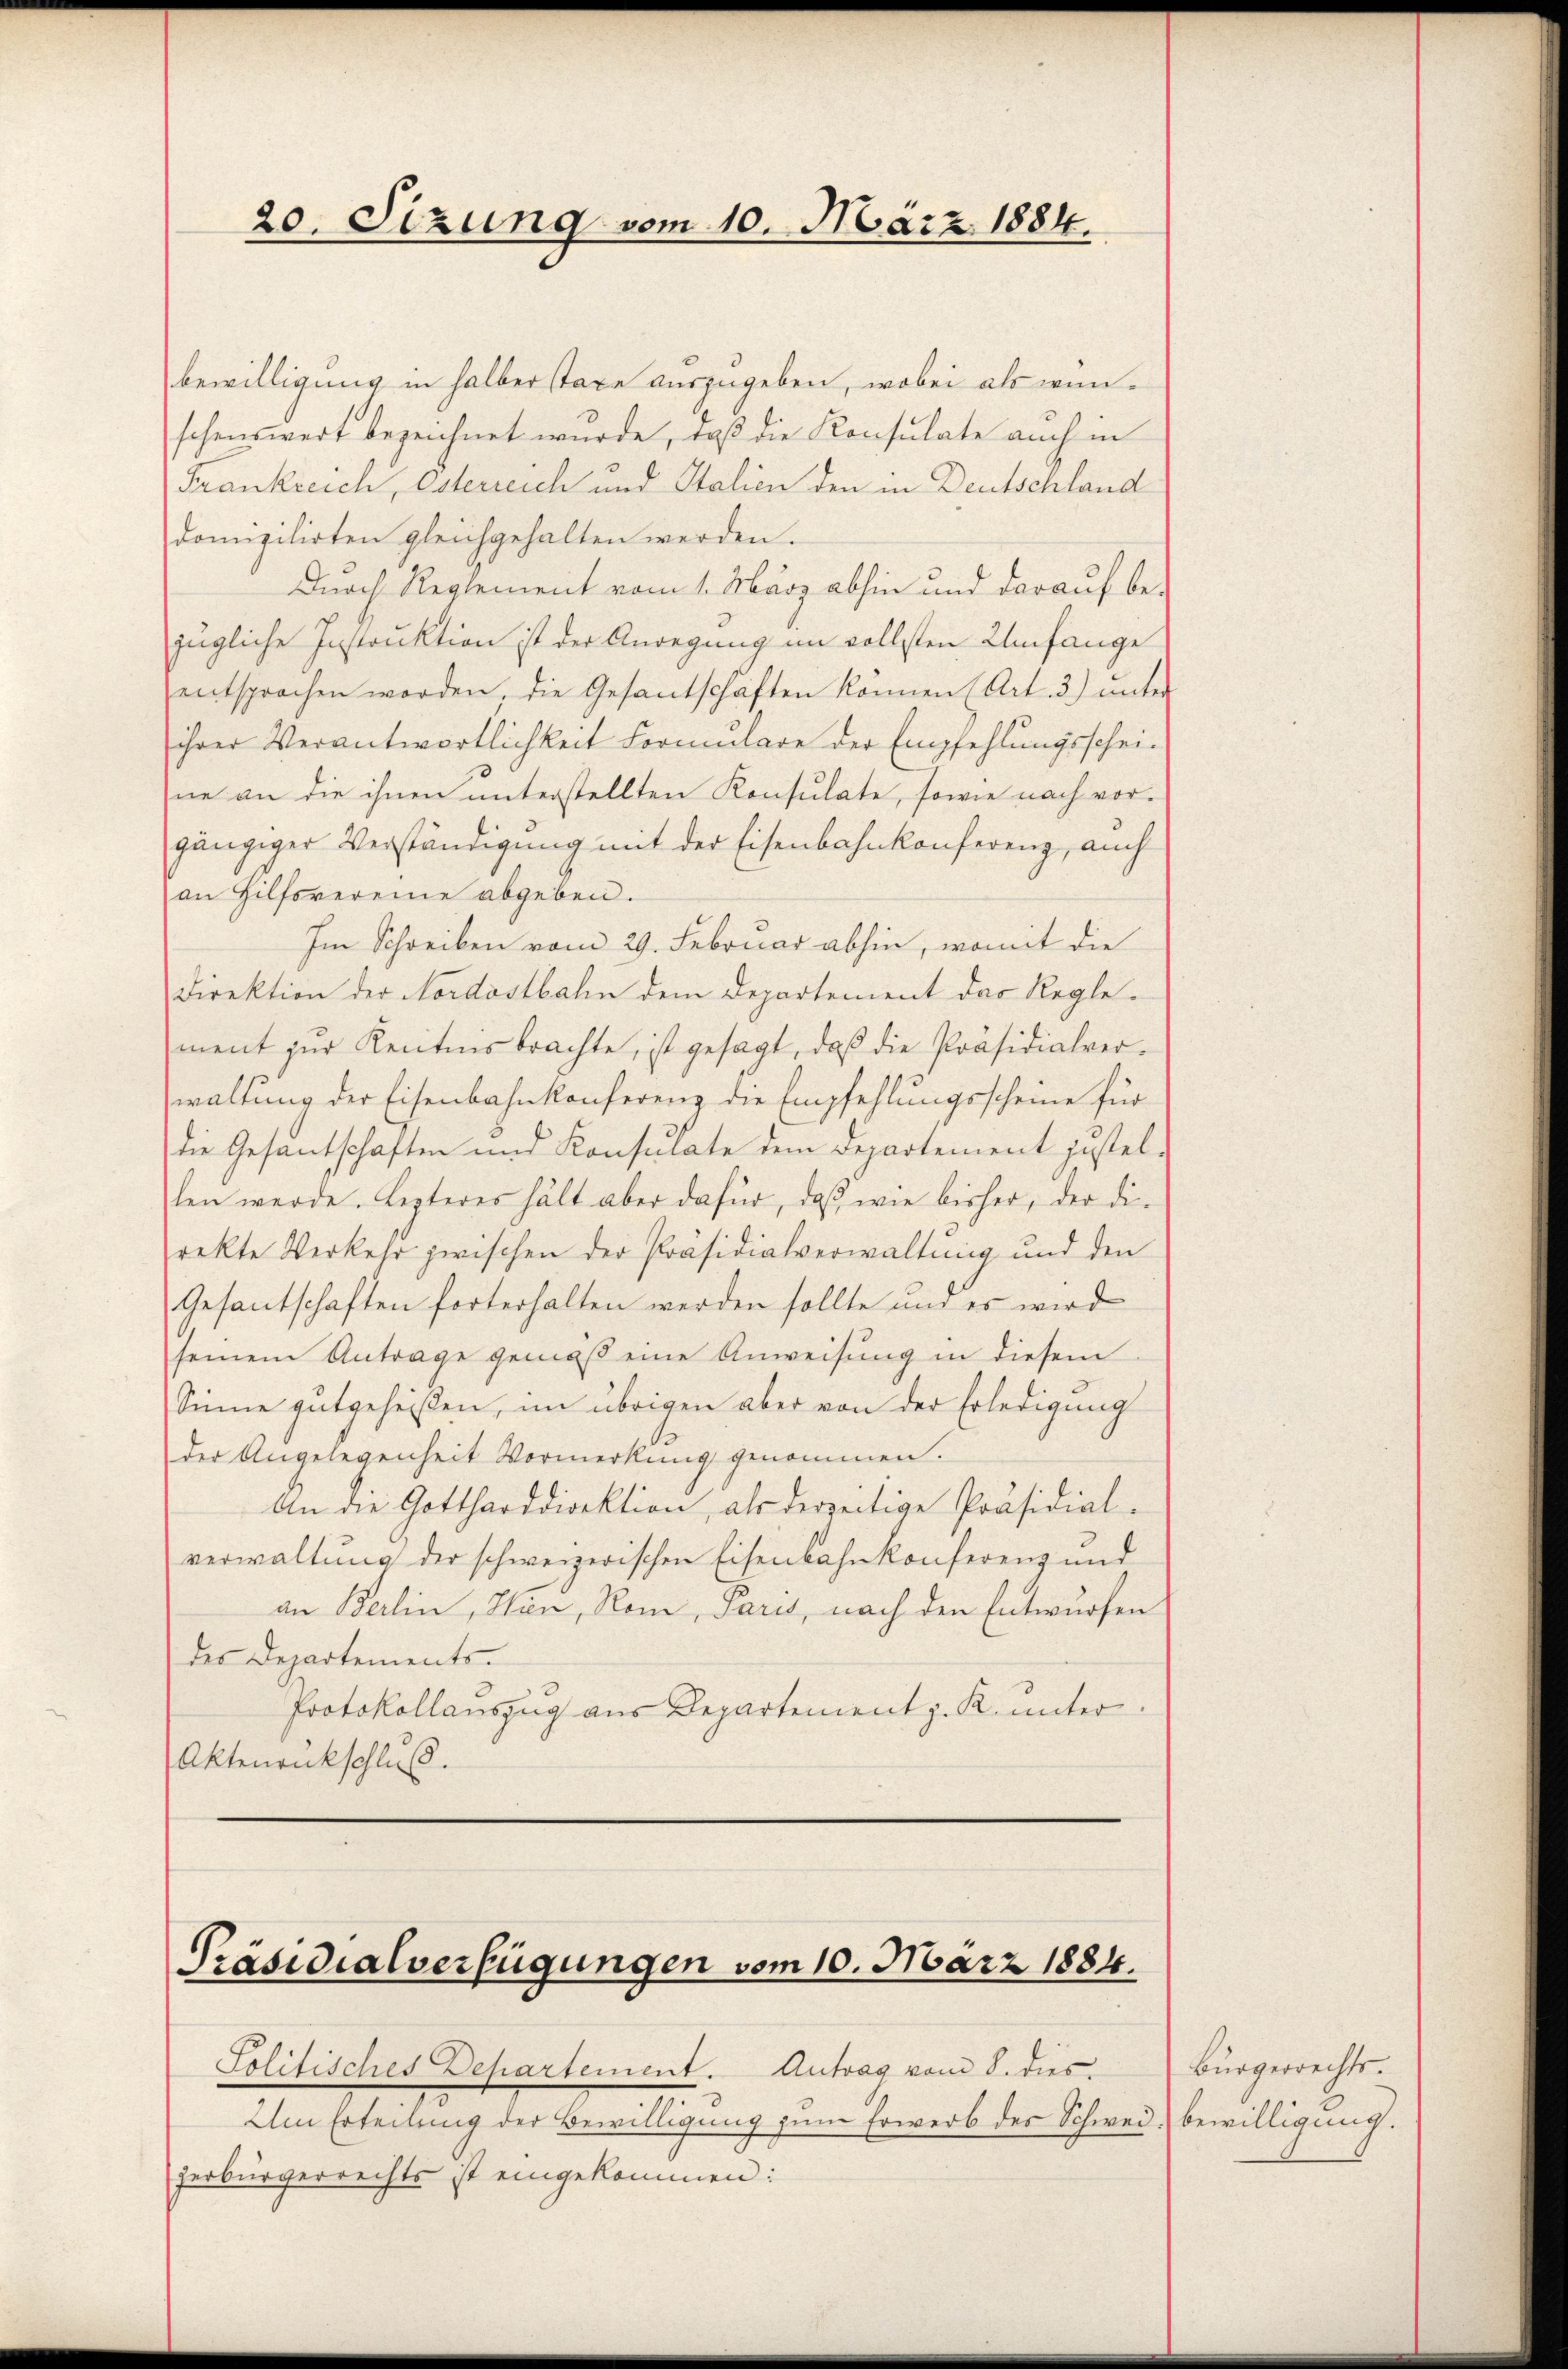
20. Sizung vom 10. März 1884.

bewilligung in halber staxe auszugeben, wobei als wünschenswert bezeichnet wurde, daß die Konsulate auch in
Frankreich, Osterreich und Italien den in Deutschland
domizilirten gleichgehalten werden.
Durch Reglement vom 1. März abhin und darauf be-
zügliche Instruktion ist der Anregung im vollsten Umfange
entsprochen worden, die Gesantschäften können (Art. 3) unter
ihrer Verantwortlichkeit Formulare der Empfehlungsschei-
ne an die ihnen unterstellten Konsulate, sowie nach vorgängiger Verständigung mit der Eisenbahnkonferenz, auch
an Hilfovereine abgeben.
Im Schreiben vom 29. Februar abhin, womit die
Direktion der Nordostbahn dem Departement das Reglement zŭr Kenntnis brachte, ist gesagt, daβ die Präsidialverwaltung der Eisenbahnkonferenz die Empfehlungsscheine für
die Gesantschaften und Konsulate dem Departement justellen werde. Lezteres hält aber dafür, daß wie bisher, der di-
rekte Verkehr zwischen der Präsidialverwaltung und den
Gesantschaften forterhalten werden sollte und es wird
seinem Antrage gemäβ eine Anweisung in diesem
Sinne gutgeheißen, im übrigen aber von der Erledigung
1
der Angelegenheit Vormerkung genommen.
An die Gottharddirektion, als derzeitige Präsidial-
verwaltung der schweizerischen Eisenbahnkonferenz und
an Berlin, Hin, Rom, Paris, nach den Entwurfen
des Departements-
Protokollauszug aus Departement z. K. unter¬
Aktenrückschluß.

Präsidialverfügungen vom 10. März 1884.

Politisches Departement. Antrag vom 8. dies
Um Erteilung der Bewilligung zum Erwerb des Schwei- bewilligung.
zerbürgerrechts ist eingekommen:

Bürgerrechts.